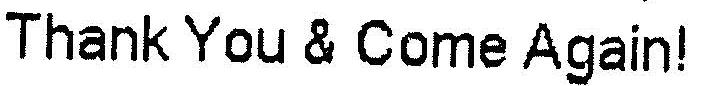
THANK YOU & COME AGAIN!